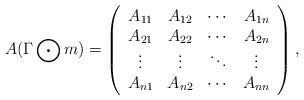
LaTeX: \begin{align*}A(\Gamma\bigodot m)=\left(\begin{array}{cccc}A_{11} &A_{12} &\cdots&A_{1n}\\A_{21}&A_{22} &\cdots&A_{2n}\\\vdots &\vdots&\ddots&\vdots\\A_{n1}&A_{n2} &\cdots&A_{nn} \end{array}\right), \end{align*}